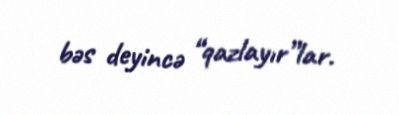
bəs deyincə “qazlayır”lar.